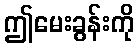
ဤမေးခွန်းကို